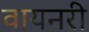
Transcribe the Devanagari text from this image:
वायनरी